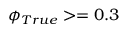
\phi _ { T r u e } > = 0 . 3